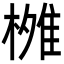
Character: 𬄐